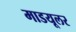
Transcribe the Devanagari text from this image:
माडयूलर